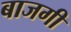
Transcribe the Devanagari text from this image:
बाजगी